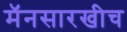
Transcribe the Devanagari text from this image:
मॅनसारखीच